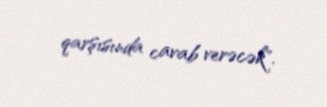
qarşısında cavab verəcək".